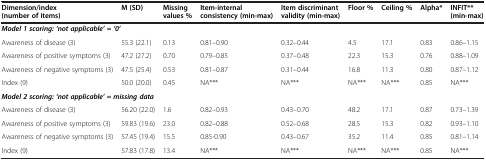
<table><thead><tr><td><b>Dimension/index (number of items)</b></td><td><b>M (SD)</b></td><td><b>Missing values %</b></td><td><b>Item-internal consistency (min-max)</b></td><td><b>Item discriminant validity (min-max)</b></td><td><b>Floor %</b></td><td><b>Ceiling %</b></td><td><b>Alpha*</b></td><td><b>INFIT** (min-max)</b></td></tr></thead><tbody><tr><td colspan="9"><b><i>Model 1 scoring: ‘not applicable’ = ‘0’</i></b></td></tr><tr><td>Awareness of disease (3)</td><td>55.3 (22.1)</td><td>0.13</td><td>0.81–0.90</td><td>0.32–0.44</td><td>4.5</td><td>17.1</td><td>0.83</td><td>0.86–1.15</td></tr><tr><td>Awareness of positive symptoms (3)</td><td>47.2 (27.2)</td><td>0.70</td><td>0.79–0.85</td><td>0.37–0.48</td><td>22.3</td><td>15.3</td><td>0.76</td><td>0.88–1.09</td></tr><tr><td>Awareness of negative symptoms (3)</td><td>47.5 (25.4)</td><td>0.53</td><td>0.81–0.87</td><td>0.31–0.44</td><td>16.8</td><td>11.3</td><td>0.80</td><td>0.87–1.12</td></tr><tr><td>Index (9)</td><td>50.0 (20.0)</td><td>0.45</td><td>NA***</td><td>NA***</td><td>NA***</td><td>NA***</td><td>0.85</td><td>NA***</td></tr><tr><td colspan="9"><b><i>Model 2 scoring: ‘not applicable’ = missing data</i></b></td></tr><tr><td>Awareness of disease (3)</td><td>56.20 (22.0)</td><td>1.6</td><td>0.82–0.93</td><td>0.43–0.70</td><td>48.2</td><td>17.1</td><td>0.87</td><td>0.73–1.39</td></tr><tr><td>Awareness of positive symptoms (3)</td><td>59.83 (19.6)</td><td>23.0</td><td>0.82–0.88</td><td>0.52–0.68</td><td>28.5</td><td>15.3</td><td>0.82</td><td>0.93–1.10</td></tr><tr><td>Awareness of negative symptoms (3)</td><td>57.45 (19.4)</td><td>15.5</td><td>0.85-0.90</td><td>0.43–0.67</td><td>35.2</td><td>11.4</td><td>0.85</td><td>0.81–1.14</td></tr><tr><td>Index (9)</td><td>57.83 (17.8)</td><td>13.4</td><td>NA***</td><td>NA***</td><td>NA***</td><td>NA***</td><td>0.85</td><td>NA***</td></tr></tbody></table>